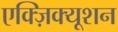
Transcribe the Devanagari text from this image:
एक्ज़िक्यूशन